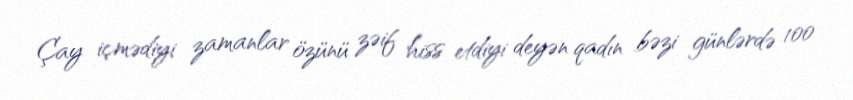
Çay içmədiyi zamanlar özünü zəif hiss etdiyi deyən qadın bəzi günlərdə 100